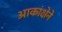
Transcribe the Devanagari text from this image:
आकांक्षेने